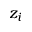
z _ { i }